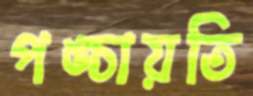
পঙ্চায়তি